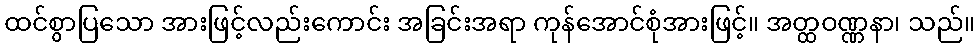
ထင်စွာပြသော အားဖြင့်လည်းကောင်း အခြင်းအရာ ကုန်အောင်စုံအားဖြင့်။ အတ္ထဝဏ္ဏနာ၊ သည်။